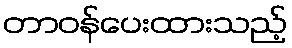
တာဝန်ပေးထားသည့်